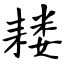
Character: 耧